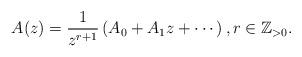
LaTeX: \begin{align*}A(z)=\frac{1}{z^{r+1}}\left( A_0+A_1z+\cdots \right), r \in \mathbb{Z}_{>0}.\end{align*}